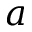
a